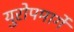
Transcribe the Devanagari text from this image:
युरोपमार्गे